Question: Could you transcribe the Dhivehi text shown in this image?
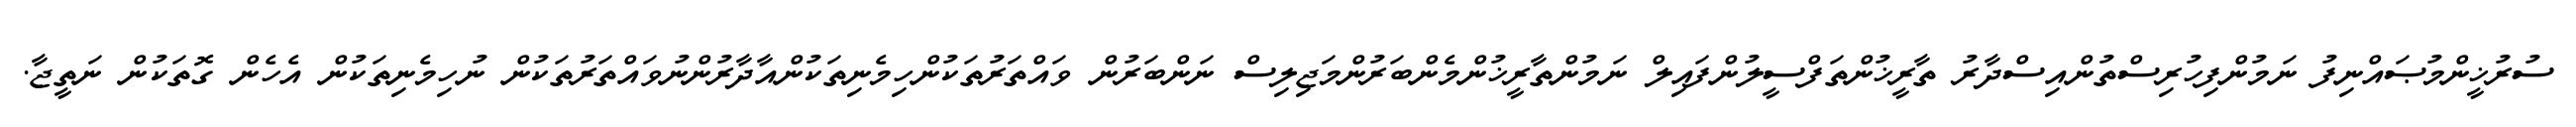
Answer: ސުރުޚީންމުޞައްނިފު ނަމުންފިހުރިސްތުންއިސްދާރު ތާރީޚުންތަފްސީލުންފައިލް ނަމުންތާރީޚުންމެންބަރުންމަޖިލިސް ނަންބަރުން ވައްތަރުތަކުންހިމެނިތަކުންއާދާރުންނުވައްތަރުތަކުން ނުހިމެނިތަކުން އެހެން ގޮތަކުން ނަތީޖާ.